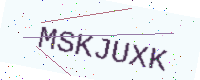
Text: MSKJUXK